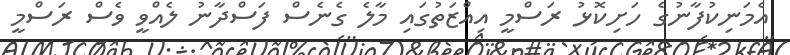
އެމަނިކުފާނުގެ ހަށިކޮޅު ރަސްމީ އިއްޒަތުގައި މާލެ ގެނެސް ފަސްދާނު ލެއްވީ ވެސް ރަސްމީ